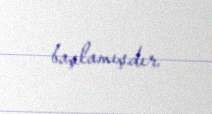
başlamışdır.